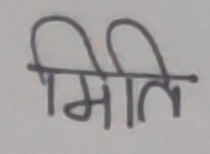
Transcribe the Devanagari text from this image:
मिति